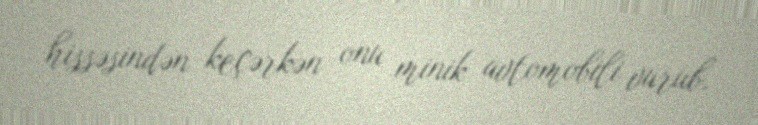
hissəsindən keçərkən onu minik avtomobili vurub.